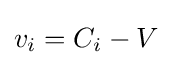
v_{i}=C_{i}-V